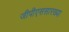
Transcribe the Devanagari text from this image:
जीपीएससारख्या